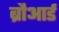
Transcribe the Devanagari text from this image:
ब्रौआर्ड